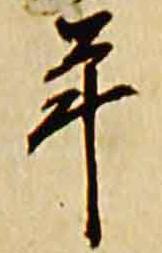
年